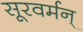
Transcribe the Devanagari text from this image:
सूरवर्मन्